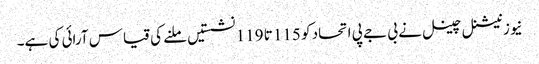
نیوز نیشنل چینل نے بی جے پی اتحاد کو 115 تا 119 نشستیں ملنے کی قیاس آرائی کی ہے۔